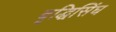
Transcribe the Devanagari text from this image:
बृद्धिसिंघ